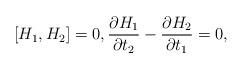
LaTeX: \begin{align*} [H_1,H_2]=0, \frac{\partial H_1}{\partial t_{2}}-\frac{\partial H_2}{\partial t_{1}}=0,\end{align*}